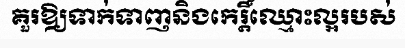
គួរឱ្យទាក់ទាញនិងកេរ្តិ៍ឈ្មោះល្អរបស់